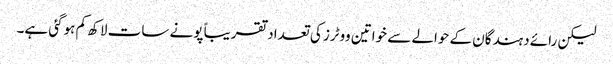
لیکن رائے دہندگان کے حوالے سے خواتین ووٹرز کی تعداد تقریباً پونے سات لاکھ کم ہوگئی ہے۔